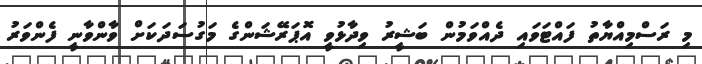
މި ރަސްމިއްޔާތު ފައްޓަވައި ދެއްވަމުން ބަޝީރު ވިދާޅުވީ އޮޕަރޭޝަންގެ މަގުސަދަކަށް ވާންވާނީ ފެންވަރު